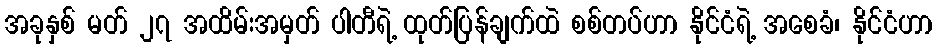
အခုနှစ် မတ် ၂၇ အထိမ်းအမှတ် ပါတီရဲ့ ထုတ်ပြန်ချက်ထဲ စစ်တပ်ဟာ နိုင်ငံရဲ့ အစေခံ၊ နိုင်ငံဟာ